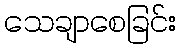
သေချာစေခြင်း